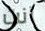
آنت